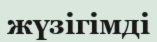
жүзігімді